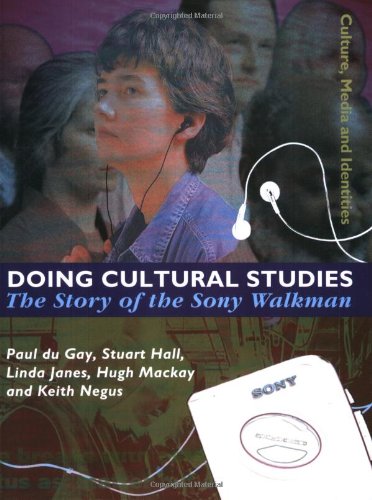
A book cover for Doing Cultural Studies: The Story of the Sony Walkman (Culture, Media and Identities series); Paul du Gay; Crafts, Hobbies & Home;